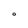
Character: O